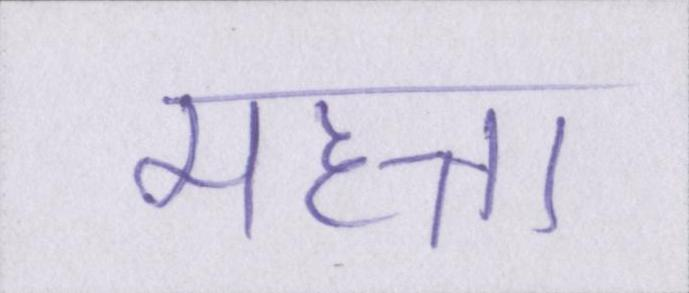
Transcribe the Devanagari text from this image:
महत्ता